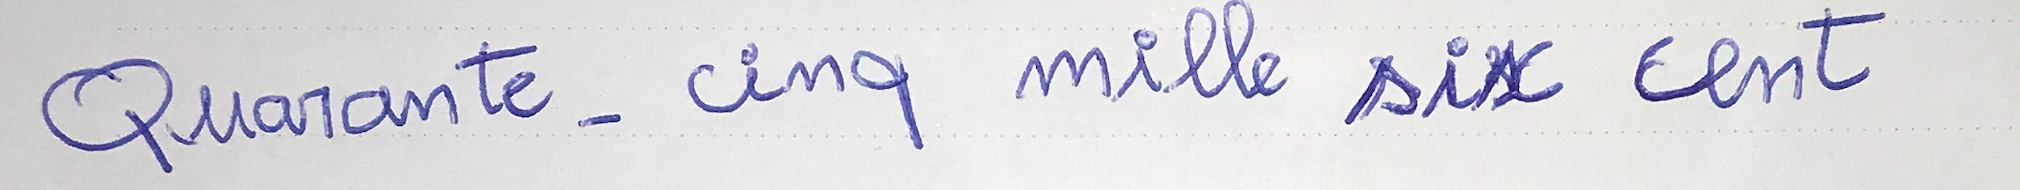
Quarante-cinq mille six cent